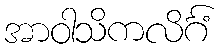
အာဝါသိကလိင်္ဂံ